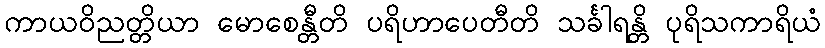
ကာယဝိညတ္တိယာ မောစေန္တီတိ ပရိဟာပေတီတိ သင်္ခါရန္တိ ပုရိသကာရိယံ